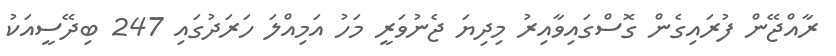
ރާއްޖޭން ފުރައިގެން ގޮސްގައިވާއިރު މިދިޔަ ޖެނުވަރީ މަހު އަމިއްލަ ހަރަދުގައި 247 ބިދޭސީއަކު